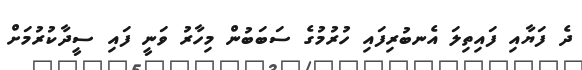
ދެ ފަޔާއި ފައިތިލަ އެނބުރިފައި ހުރުމުގެ ސަބަބުން މިހާރު ވަނީ ފައި ސީދާކުރުމަށް